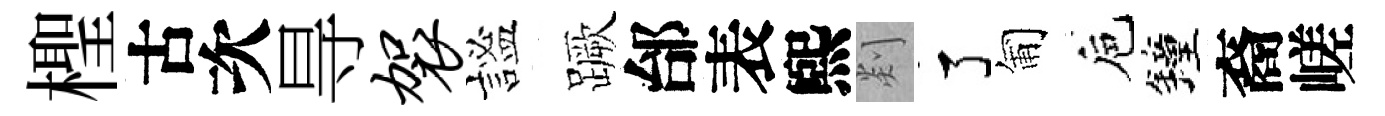
檉古次㝵袈謐蹶邰表煕剡了匍巵鐘裔嵯